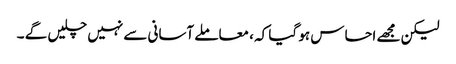
لیکن مجھے احساس ہو گیا کہ ، معاملے آسانی سے نہیں چلیں گے ۔